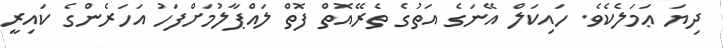
ދިޔަ ޢަމަލެކެވެ. ހައިކަލް އޭނަގެ އަތުގެ ތެރޭއޮތް ފޮތް ލައްޕާލުމަށްފަހު އަހަރެންގެ ކައިރީ